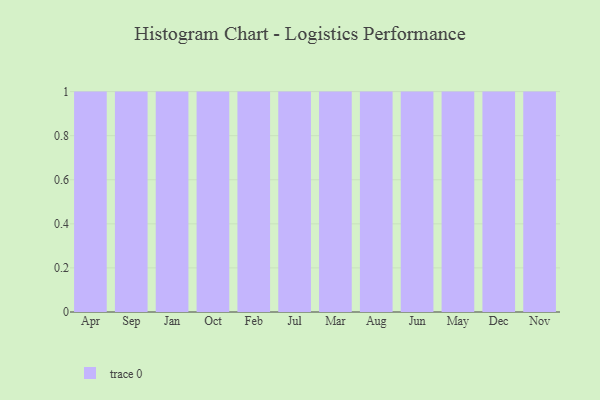
{"axis": {"x": "Month", "y": "Bounce Rate (%)"}, "legend": [""], "data": [{"x": "Apr", "y": 37, "type": ""}, {"x": "Sep", "y": 48, "type": ""}, {"x": "Jan", "y": 6, "type": ""}, {"x": "Oct", "y": 78, "type": ""}, {"x": "Feb", "y": 40, "type": ""}, {"x": "Jul", "y": 83, "type": ""}, {"x": "Mar", "y": 37, "type": ""}, {"x": "Aug", "y": 69, "type": ""}, {"x": "Jun", "y": 3, "type": ""}, {"x": "May", "y": 65, "type": ""}, {"x": "Dec", "y": 62, "type": ""}, {"x": "Nov", "y": 55, "type": ""}]}